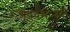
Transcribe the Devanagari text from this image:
गंधर्वमानुषी